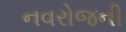
નવરોજની